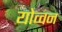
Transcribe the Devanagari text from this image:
योव्वन